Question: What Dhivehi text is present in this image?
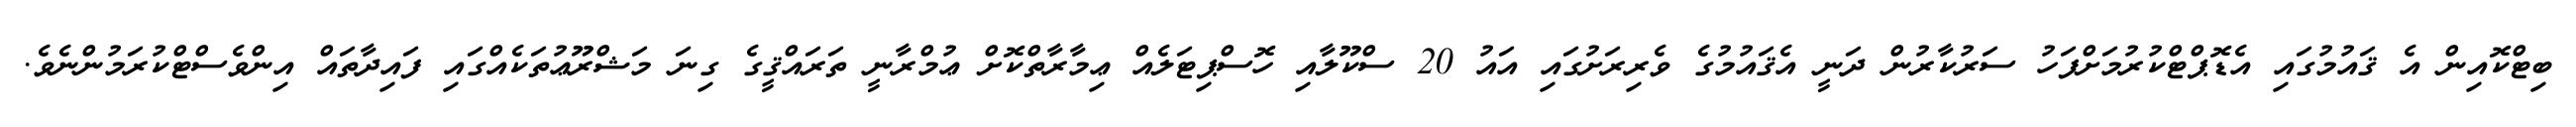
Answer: ބިޓްކޮއިން އެ ޤައުމުގައި އެޑޮޕްޓްކުރުމަށްފަހު ސަރުކާރުން ދަނީ އެޤައުމުގެ ވެރިރަށުގައި އައު 20 ސްކޫލާއި ހޮސްޕިޓަލެއް ޢިމާރާތްކޮށް ޢުމްރާނީ ތަރައްޤީގެ ގިނަ މަޝްރޫޢުތަކެއްގައި ފައިދާތައް އިންވެސްޓްކުރަމުންނެވެ.